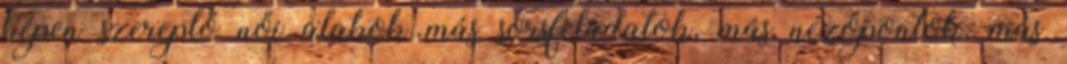
képen szereplő női alakok más sorsfeladatok, más nézőpontok, más